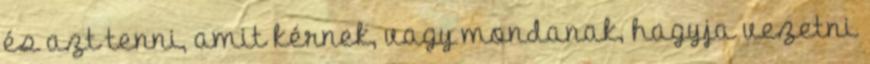
és azt tenni, amit kérnek, vagy mondanak, hagyja vezetni